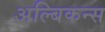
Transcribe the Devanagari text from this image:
अल्बिकन्स